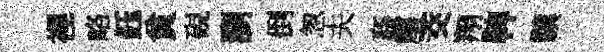
裡略鈺貧硯瀏倒怱夫姦塵茭翔鞞驥